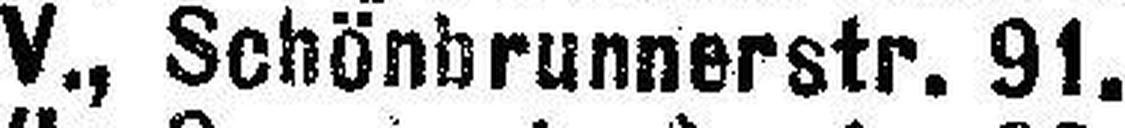
V., Schönbrunnerstr. 91.